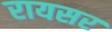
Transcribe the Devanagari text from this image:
रायसर